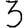
Digit: 3